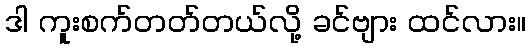
ဒါ ကူးစက်တတ်တယ်လို့ ခင်ဗျား ထင်လား။